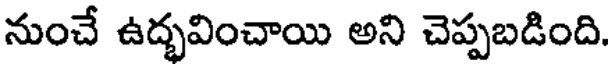
నుంచే ఉద్భవించాయి అని చెప్పబడింది.